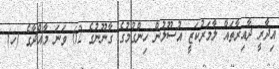
އިދާރީ ދާއިރާތައް ލާމަރުކަޒީ އުސޫލުން ހިންގުމުގެ ގާނޫނުގެ 62 ވަނަ މާއްދާގެ (ހ)